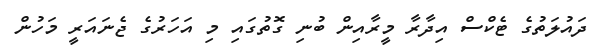
ދައުލަތުގެ ޓެކްސް އިދާރާ މީރާއިން ބުނި ގޮތުގައި މި އަހަރުގެ ޖެނައަރީ މަހުން